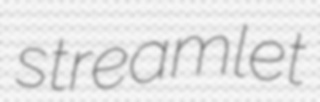
streamlet